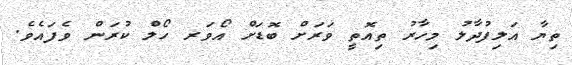
ތިޔާ އަލިފުދާލު މިހާރު ތިއޮތީ ވަރަށް ބޮޑަށް އޯވަރ ހޯލް ކުރަން ވެފައެވެ.